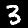
Digit: 3